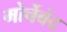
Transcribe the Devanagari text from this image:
मोर्चेबंद